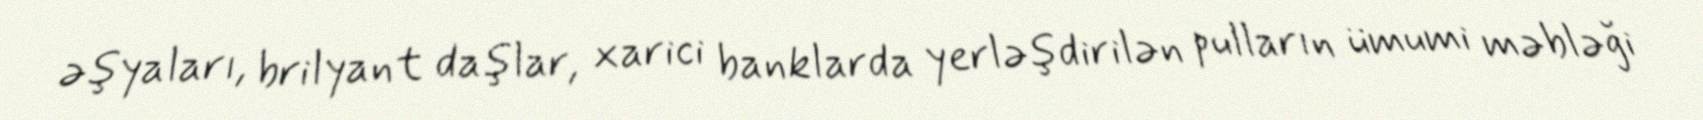
əşyaları, brilyant daşlar, xarici banklarda yerləşdirilən pulların ümumi məbləği